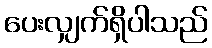
ပေးလျှက်ရှိပါသည်